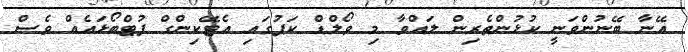
އޭނާ ބޭނުންވަނީ ކުޅުންތެރިން ލައްވާ މި ވޯލްޑް ކަޕުގައި އެޓޭކިންގް ފުޓްބޯޅައެއް ވެސް